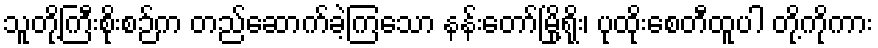
သူတို့ကြီးစိုးစဉ်က တည်ဆောက်ခဲ့ကြသော နန်းတော်မြို့ရိုး၊ ပုထိုးစေတီထူပါ တို့ကိုကား